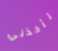
تأخذني